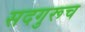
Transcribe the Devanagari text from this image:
सदगुरूच